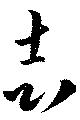
志